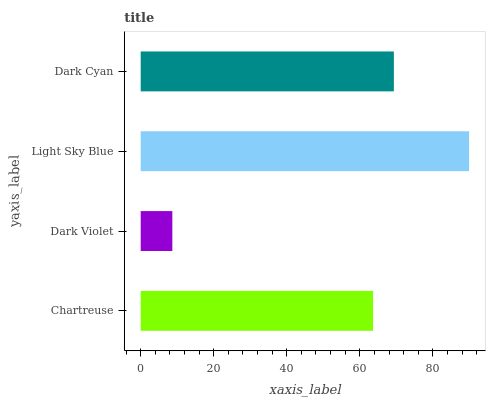
| yaxis_label | bars |
 | --- | --- |
 | Chartreuse | 63.6 |
 | Dark Violet | 8.66 |
 | Light Sky Blue | 89.9 |
 | Dark Cyan | 69.3 |